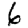
Digit: 6